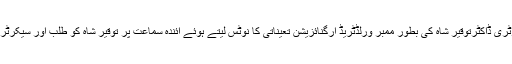
21 اپریل2018ء) سپریم کورٹ نے وزیر اعلیٰ پنجاب کے سابق پرنسپل سیکرٹری ڈاکٹرتوقیر شاہ کی بطور ممبر ورلڈٹریڈ آرگنائزیشن تعیناتی کا نوٹس لیتے ہوئے آئندہ سماعت پر توقیر شاہ کو طلب اور سیکرٹری اسٹیبلشمنٹ ڈویژن کو آئندہ سماعت پر ریکارڈ جمع کروانے کی ہدایت کردی۔